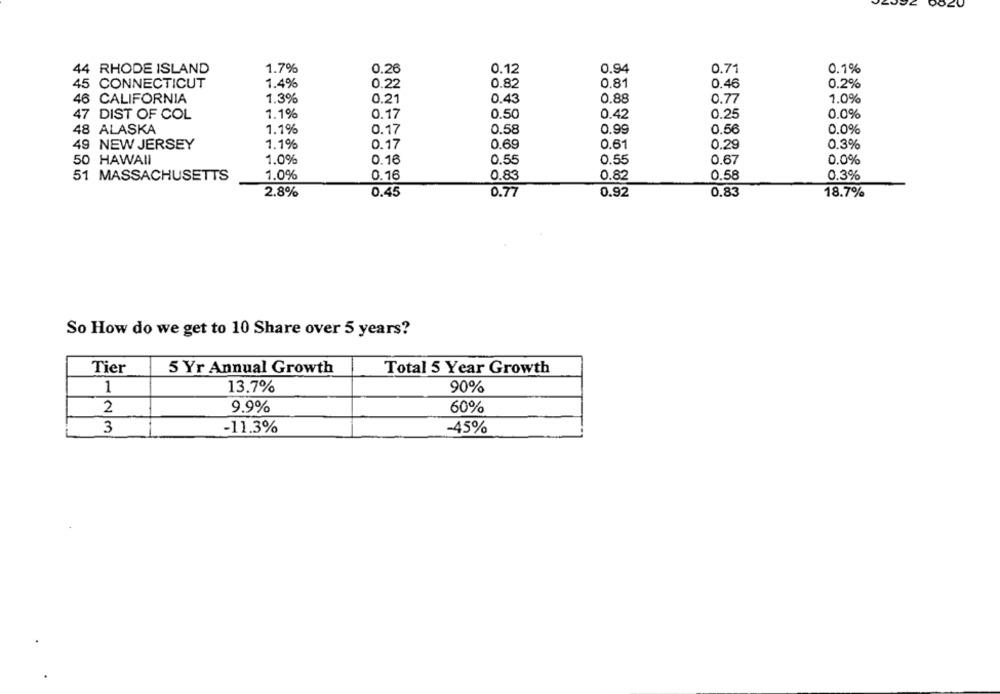
44 RHODE ISLAND
1.7%
0.26
0.12
0.94
0,71
0.1%
45 CONNECTICUT
1.4%
0.22
0.82
0.81
0.46
0.2%
46 CALIFORNIA
1.3%
0.21
0.43
0.88
0.77
1.0%
47 DIST OF COL
1.1%
0.17
0.50
0.42
0.25
0.0%
48 ALASKA
1.1%
0.17
0.58
0.99
0.56
0.0%
49 NEW JERSEY
1.1%
0.17
0.69
0.61
0.29
0.3%
50 HAWAII
1.0%
0.16
0.55
0.67
0.0%
0.55
51 MASSACHUSETTS
1.0%
0.16
0.83
0.82
0.58
0.3%
2.8%
0.45
0.77
0.92
0.83
18.7%
So How do we get to 10 Share over 5 years?
Tier
5 Yr Annual Growth
Total 5 Year Growth
1
13.7%
90%
2
9.9%
60%
3
-11.3%
-45%